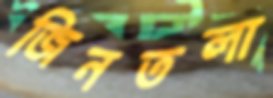
জিনতলা